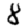
Digit: 8